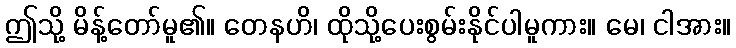
ဤသို့ မိန့်တော်မူ၏။ တေနဟိ၊ ထိုသို့ပေးစွမ်းနိုင်ပါမူကား။ မေ၊ ငါအား။